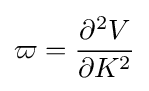
\varpi ={\frac {\partial ^{2}V}{\partial K^{2}}}